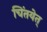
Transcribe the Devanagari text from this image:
चिंतयेत्